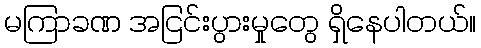
မကြာခဏ အငြင်းပွားမှုတွေ ရှိနေပါတယ်။